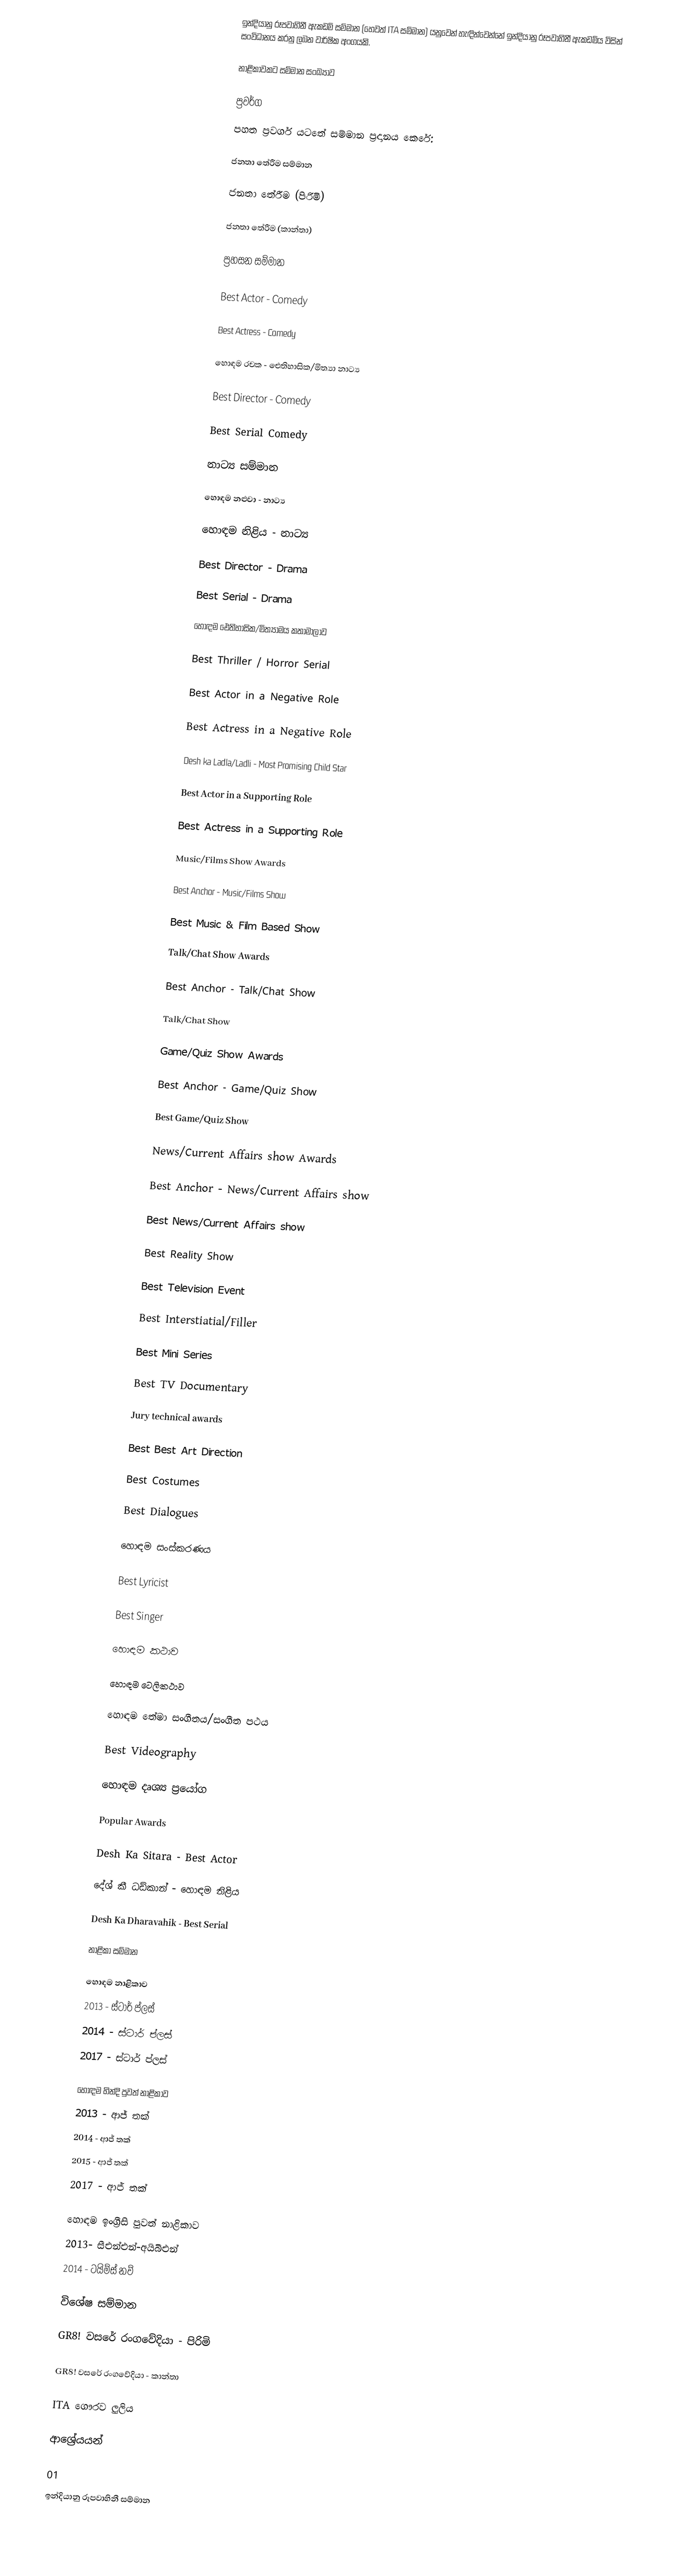
ඉන්දියානු රූපවාහිනී ඇකඩමි සම්මාන (හෙවත් ITA සම්මාන) යනුවෙන් හැඳින්වෙන්නේ ඉන්දියානු රූපවාහිනී ඇකඩමිය විසින් සංවිධානය කරනු ලබන වාර්ෂික අංගයකි.

නාළිකාවකට සම්මාන සංඛ්‍යාව

ප්‍රවර්ග
පහත ප්‍රවර්ග යටතේ සම්මාන ප්‍රදානය කෙරේ:

ජනතා තේරීම සම්මාන

ජනතා තේරීම (පිරිමි)

ජනතා තේරීම  (කාන්තා)

ප්‍රහසන සම්මාන

Best Actor - Comedy

Best Actress - Comedy

හොඳම රචක - ඓතිහාසික/මිත්‍යා නාට්‍ය

Best Director - Comedy

Best Serial Comedy

නාට්‍ය සම්මාන

හොඳම නළුවා - නාට්‍ය

හොඳම නිළිය - නාට්‍ය

Best Director - Drama

Best Serial - Drama

හොඳම ඓතිහාසික/මිත්‍යාමය කතාමාලාව

Best Thriller / Horror Serial

Best Actor in a Negative Role

Best Actress in a Negative Role

Desh ka Ladla/Ladli - Most Promising Child Star

Best Actor in a Supporting Role

Best Actress in a Supporting Role

Music/Films Show Awards

Best Anchor - Music/Films Show

Best Music & Film Based Show

Talk/Chat Show Awards

Best Anchor - Talk/Chat Show

Talk/Chat Show

Game/Quiz Show Awards

Best Anchor - Game/Quiz Show

Best Game/Quiz Show

News/Current Affairs show Awards

Best Anchor -  News/Current Affairs show

Best News/Current Affairs show

Best Reality Show

Best Television Event

Best Interstiatial/Filler

Best Mini Series

Best TV Documentary

Jury technical awards

Best Best Art Direction

Best Costumes

Best Dialogues

හොඳම සංස්කරණය

Best Lyricist

Best Singer

හොඳම කථාව

හොඳම ටෙලිකථාව

හොඳම තේමා සංගීතය/සංගීත පථය

Best Videography

හොඳම දෘශ්‍ය ප්‍රයෝග

Popular Awards

Desh Ka Sitara - Best Actor

දේශ් කී ධඩ්කාන් - හොඳම නිළිය

Desh Ka Dharavahik - Best Serial

නාළිකා සම්මාන

හොඳම නාළිකාව
 2013 - ස්ටාර් ප්ලස්
 2014 - ස්ටාර් ප්ලස්
 2017 - ස්ටාර් ප්ලස්

හොඳම හින්දි පුවත් නාළිකාව
 2013 - ආජ් තක්
 2014 - ආජ් තක්
 2015 - ආජ් තක්
 2017 - ආජ් තක්

හොඳම ඉංග්‍රීසි පුවත් නාළිකාව
 2013- සීඑන්එන්-අයිබීඑන්
 2014 - ටයිම්ස් නව්

විශේෂ සම්මාන

GR8! වසරේ රංගවේදියා - පිරිමි

GR8! වසරේ රංගවේදියා - කාන්තා

ITA ගෞරව ලුලිය

ආශ්‍රේයයන්

 01
ඉන්දියානු රූපවාහිනී සම්මාන